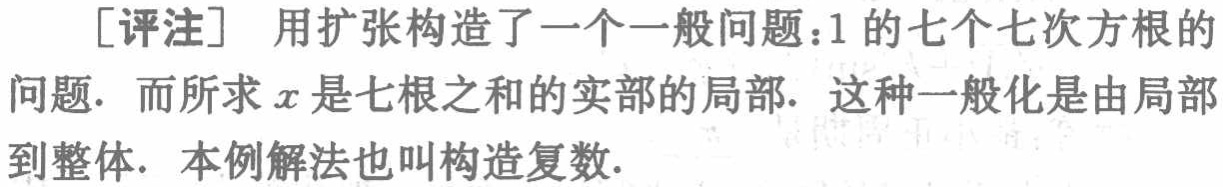
[评注] 用扩张构造了一个一般问题：1 的七个七次方根的问题. 而所求 \(x\) 是七根之和的实部的局部. 这种一般化是由局部到整体. 本例解法也叫构造复数.